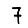
Digit: 7